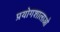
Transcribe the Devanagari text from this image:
प्रयोगशालाओ